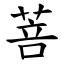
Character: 菩